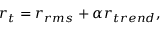
r _ { t } = r _ { r m s } + \alpha r _ { t r e n d } ,